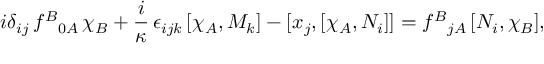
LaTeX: i \delta _ { i j } \, f ^ { B } { } _ { 0 A } \, \chi _ { B } + \frac { i } \kappa \, \epsilon _ { i j k } \, [ \chi _ { A } , M _ { k } ] - [ x _ { j } , [ \chi _ { A } , N _ { i } ] ] = f ^ { B } { } _ { j A } \, [ N _ { i } , \chi _ { B } ] ,